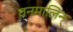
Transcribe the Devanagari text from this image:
वनमालिन्